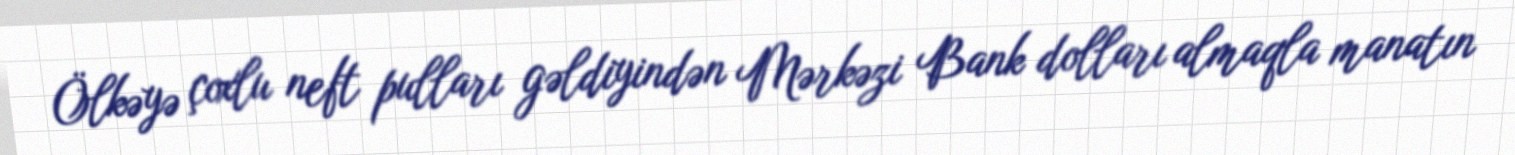
Ölkəyə çoxlu neft pulları gəldiyindən Mərkəzi Bank dolları almaqla manatın